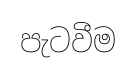
පැටවීම